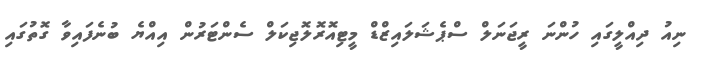
ނިއު ދިއްލީގައި ހުންނަ ރީޖަނަލް ސްޕެޝަލައިޒްޑް މީޓިއޮރޮލޮޖިކަލް ސެންޓަރުން އިއްޔެ ބުނެފައިވާ ގޮތުގައި